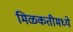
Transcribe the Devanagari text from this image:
मिळकतीमध्ये